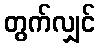
တွက်လျှင်